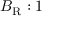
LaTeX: B _ { \mathrm { R } } : 1